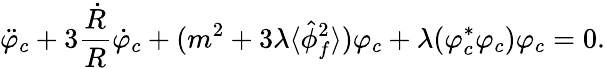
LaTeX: \ddot{\varphi}_{c}+3\frac{\dot{R}}{R}\dot{\varphi}_{c}+(m^{2}+3\lambda\langle\hat{\phi}_{f}^{2}\rangle)\varphi_{c}+\lambda(\varphi_{c}^{*}\varphi_{c})\varphi_{c}=0.